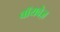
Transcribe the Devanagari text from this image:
वॉयवेज़